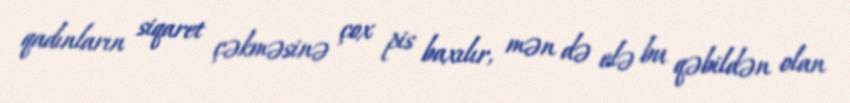
qadınların siqaret çəkməsinə çox pis baxılır, mən də elə bu qəbildən olan